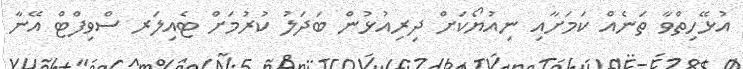
އުޅޭހިތްވާ ތަނެއް ކަމަށާއި ނިއުޔޯކަށް ދިރިއުޅުން ބަދަލު ކުރުމަށް ޓެއިލަރ ސްވިފްޓް އޭނާ